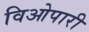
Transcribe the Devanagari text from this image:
विओपारी